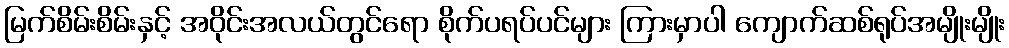
မြက်စိမ်းစိမ်းနှင့် အဝိုင်းအလယ်တွင်ရော စိုက်ပရပ်ပင်များ ကြားမှာပါ ကျောက်ဆစ်ရုပ်အမျိုးမျိုး